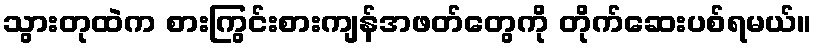
သွားတုထဲက စားကြွင်းစားကျန်အဖတ်တွေကို တိုက်ဆေးပစ်ရမယ်။